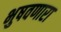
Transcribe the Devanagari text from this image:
भुषवणारा